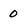
Character: 0